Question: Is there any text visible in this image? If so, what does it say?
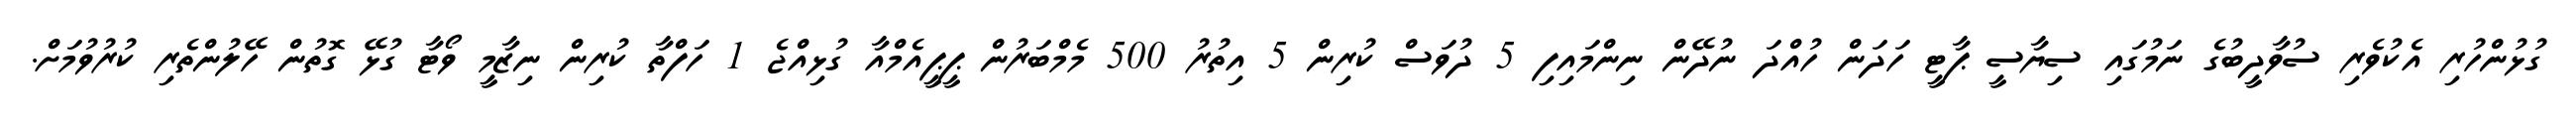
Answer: ގުޅުންހުރި އެކުވެރި ސުވާދީބުގެ ނަމުގައި ސިޔާސީ ޕާޓީ ހަދަން ހުއްދަ ނުދޭން ނިންމައިފި 5 ދުވަސް ކުރިން 5 އިތުރު 500 މެމްބަރުން ޕީޕީއެމްއާ ގުޅިއްޖެ 1 ހަފްތާ ކުރިން ނިޒާމީ ވޯޓާ ގުޅޭ ގޮތުން ހޭލުންތެރި ކުރުވުމަށް.